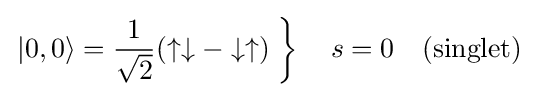
\left.|0,0\rangle ={\frac {1}{\sqrt {2}}}(\uparrow \downarrow -\downarrow \uparrow )\;\right\}\quad s=0\quad \mathrm {(singlet)}